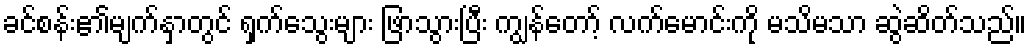
ခင်စန်း၏မျက်နှာတွင် ရှက်သွေးများ ဖြာသွားပြီး ကျွန်တော့် လက်မောင်းကို မသိမသာ ဆွဲဆိတ်သည်။